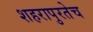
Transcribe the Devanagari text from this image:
शहरापुरतेच